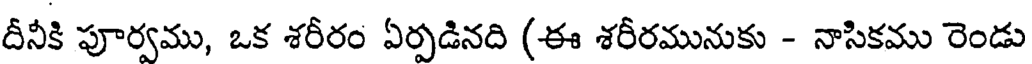
దీనీకి పూర్వము, ఒక శరీరం ఏర్పడినది (ఈ శరీరమునుకు - నాసికము రెండు